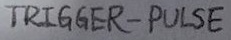
Text: TRIGGER-PULSE